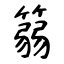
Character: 篛